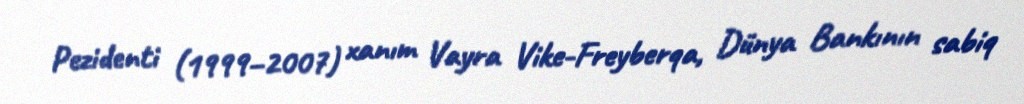
Pezidenti (1999–2007) xanım Vayra Vike-Freyberqa, Dünya Bankının sabiq